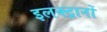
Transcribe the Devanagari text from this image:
इलक्ट्रानों